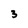
Character: 3